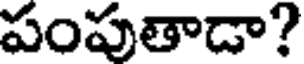
పంపుతాడా?